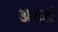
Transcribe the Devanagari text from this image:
अख्खं